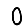
Digit: 0